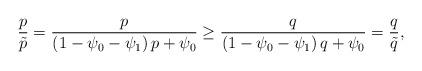
LaTeX: \begin{align*} \frac{p}{{\tilde p}} = \frac{p}{{\left( {1 - {\psi _0} - {\psi _1}} \right)p + {\psi _0}}} \ge \frac{q}{{\left( {1 - {\psi _0} - {\psi _1}} \right)q + {\psi _0}}} = \frac{q}{{\tilde q}},\end{align*}